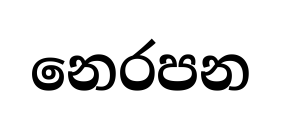
නෙරපන